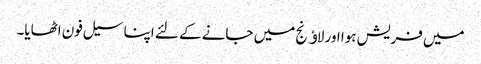
میں فریش ہوا اور لاﺅنج میں جانے کے لئے اپنا سیل فون اٹھایا۔